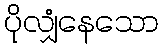
ပိုလျှံနေသော